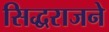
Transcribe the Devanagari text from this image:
सिद्धराजने